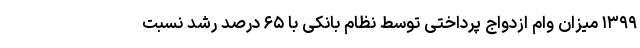
۱۳۹۹ میزان وام ازدواج پرداختی توسط نظام بانکی با ۶۵ درصد رشد نسبت